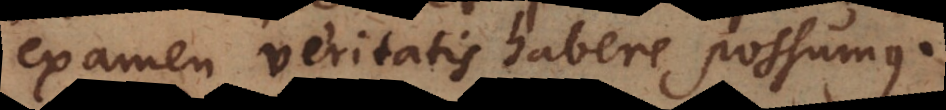
examen veritatis habere possumus.